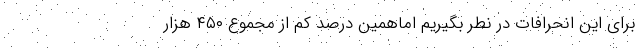
برای این انحرافات در نطر بگیریم اماهمین درصد کم از مجموع ۴۵۰ هزار